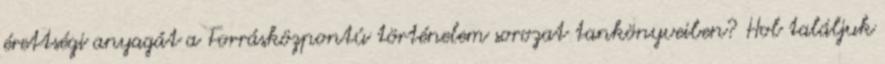
érettségi anyagát a Forrásközpontú történelem sorozat tankönyveiben? Hol találjuk